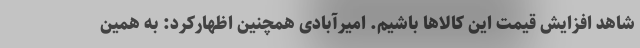
شاهد افزایش قیمت این کالاها باشیم. امیرآبادی همچنین اظهارکرد: به همین